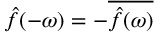
{ \hat { f } } ( - \omega ) = - { \overline { { { \hat { f } } ( \omega ) } } }